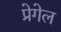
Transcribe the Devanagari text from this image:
प्रेगेल